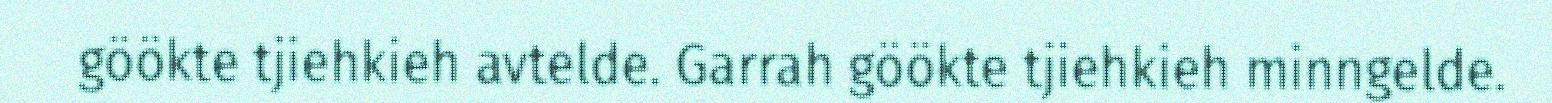
göökte tjiehkieh avtelde. Garrah göökte tjiehkieh minngelde.